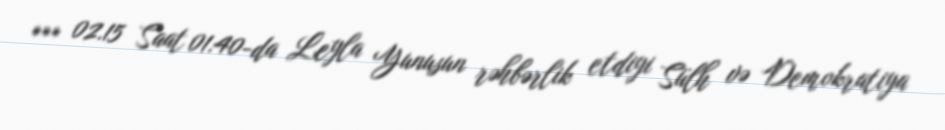
*** 02.15 Saat 01:40-da Leyla Yunusun rəhbərlik etdiyi Sülh və Demokratiya